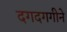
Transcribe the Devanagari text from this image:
दगदगगीने